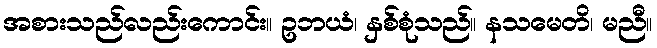
အစားသည်လည်းကောင်း။ ဥဘယံ၊ နှစ်စုံသည်။ နသမေတိ၊ မညီ။